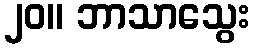
၂၀။ ဘာသာသွေး